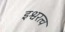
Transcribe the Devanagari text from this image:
इश्वरत्व